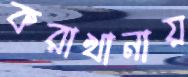
করাখানায়